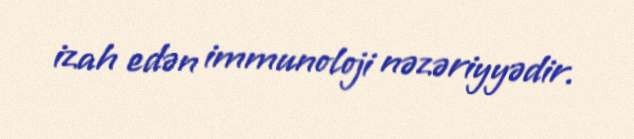
izah edən immunoloji nəzəriyyədir.